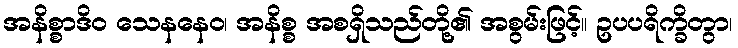
အနိစ္စာဒိဝ သေနနေဝ၊ အနိစ္စ အစရှိသည်တို့၏ အစွမ်းဖြင့်။ ဥပပရိက္ခိတွာ၊